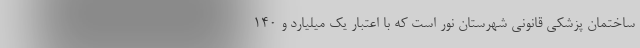
ساختمان پزشکی قانونی شهرستان نور است که با اعتبار یک میلیارد و ۱۴۰